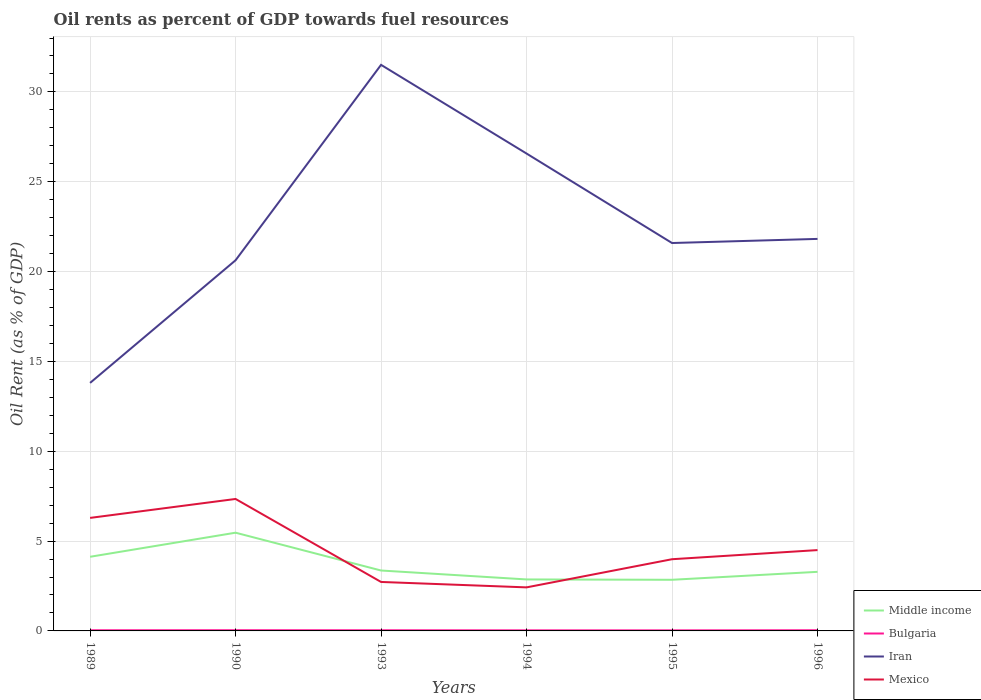
| Years | Middle income | Bulgaria | Iran | Mexico |
 | --- | --- | --- | --- | --- |
 | 1989 | 4.13 | 0.0362 | 13.8 | 6.29 |
 | 1990 | 5.47 | 0.0395 | 20.6 | 7.34 |
 | 1993 | 3.36 | 0.0364 | 31.5 | 2.73 |
 | 1994 | 2.87 | 0.0318 | 26.6 | 2.42 |
 | 1995 | 2.85 | 0.0312 | 21.6 | 3.99 |
 | 1996 | 3.29 | 0.0373 | 21.8 | 4.5 |